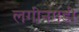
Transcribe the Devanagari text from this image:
लगीनगडी